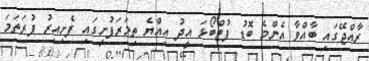
ރާއްޖޭގައި ބާއްވާ އެންމެ ބޮޑު ފުޓްބޯޅަ އީދު އިއްޔެ ތިމަރަފުށީގައި ފެށިއިރު ފުރަތަމަ